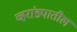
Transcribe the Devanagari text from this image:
व्हरांड्यातील